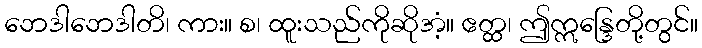
ဘေဒါဘေဒါတိ၊ ကား။ စ၊ ထူးသည်ကိုဆိုအံ့။ ဧတ္ထ၊ ဤဣန္ဒြေတို့တွင်။